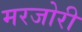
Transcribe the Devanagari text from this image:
मरजोरी